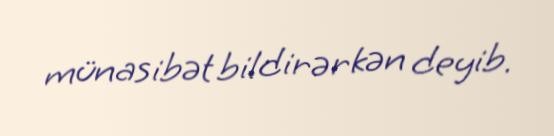
münasibət bildirərkən deyib.